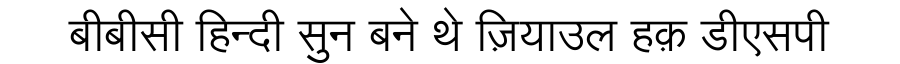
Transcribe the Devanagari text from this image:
बीबीसी हिन्दी सुन बने थे ज़ियाउल हक़ डीएसपी